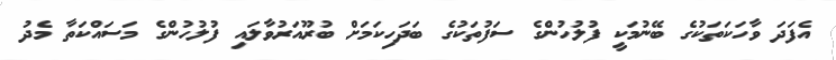
އެފަދަ ވާހަކަތަކުގެ ބޭނުމަކީ ފުލުހުންގެ ސަފުތަކުގެ ބަދަހިކަމަށް ބުރޫއަރުވާލައި ފުލުހުންގެ މަސައްކަތާ މެދު